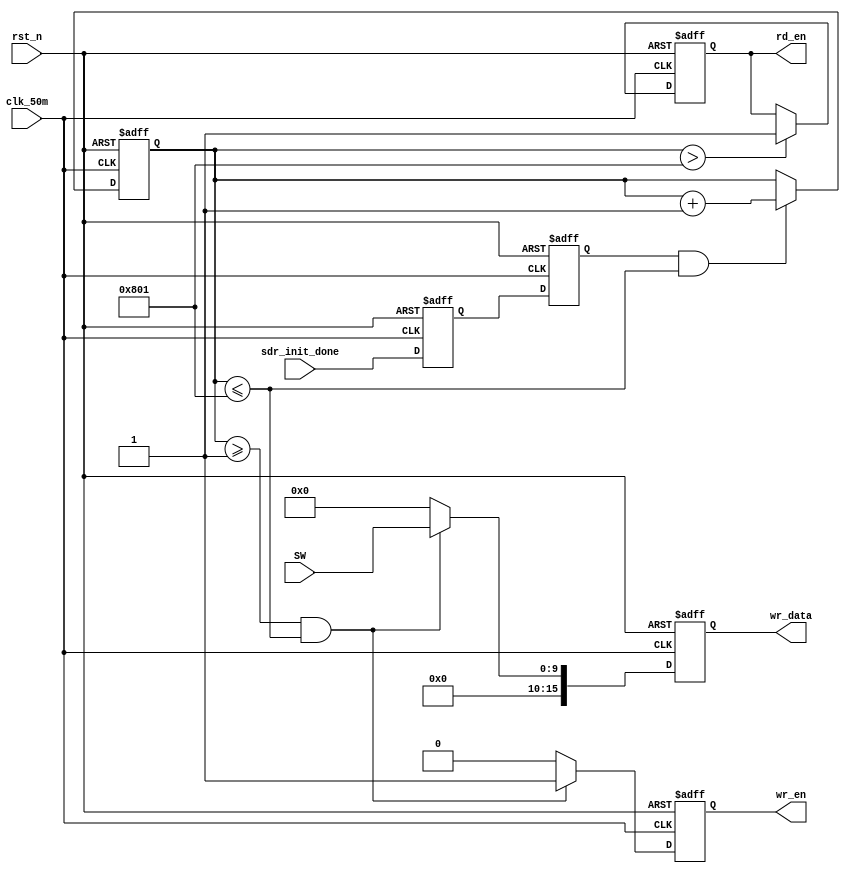
module sdr_test(
	input 					clk_50m,
	input 					rst_n,
	input 		[9:0]		SW,
	output reg				wr_en,         
	output reg	[15:0] 	wr_data,
	output reg	 			rd_en,         
	input 					sdr_init_done      
	);   
	reg 				sdr_init_done_d0;
	reg 				sdr_init_done_d1;
	reg	[11:0]	wr_cnt;

	always @ (posedge clk_50m or negedge rst_n)
	begin
		if(!rst_n)
			begin
				sdr_init_done_d0 <= 1'b0;
				sdr_init_done_d1 <= 1'b0;
			end
		else
			begin
				sdr_init_done_d0 <= sdr_init_done;
				sdr_init_done_d1 <= sdr_init_done_d0;
			end
	end	

	always @ (posedge clk_50m or negedge rst_n)
	begin
		if(!rst_n)
			begin
				wr_cnt <= 12'b0;
			end
		else if(sdr_init_done_d1 && wr_cnt <= 12'd2049)
			begin
				wr_cnt <= wr_cnt + 1'b1;
			end
		else
			wr_cnt <= wr_cnt;
	end	

	always @ (posedge clk_50m or negedge rst_n)
	begin
		if(!rst_n)
			begin
				wr_en <= 1'd0;
				wr_data <= 15'd0;
			end
		else if(wr_cnt >= 12'd1 && wr_cnt <= 12'd2049)
			begin
				wr_en <= 1'd1;		
				wr_data <= {6'b0,SW};
			end
		else
			begin
				wr_en <= 1'd0;
				wr_data <= 15'd0;
			end
	end
	
	always @ (posedge clk_50m or negedge rst_n)
	begin
		if(!rst_n)
			begin
				rd_en <= 1'b0;
			end
		else if(wr_cnt > 12'd2049)
			rd_en <= 1'b1;         
	end

endmodule